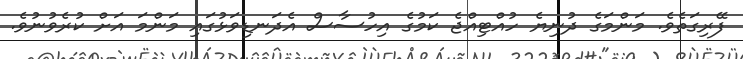
ފޭރިގަތެވެެ. މަންމަގެ ދުނިޔެ ހުއްޓިއްޖެ ކަމުގެ އިހުސާސް އެދަނޑިވަޅުގައި މަންމަ އަށް ކުރެވުނުވެ.